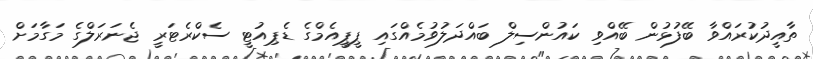
ތާއީދުކުރައްވާ ބޭފުޅުން ބޭއްވި ކައުންސިލް ބައްދަލުވުމެއްގައި ޕީޕީއެމްގެ ޑެޕިއުޓީ ސެކްރެޓަރީ ޖެނަރަލްގެ މަގާމަށް